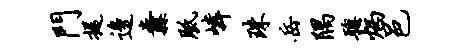
门提边纛胝嶙珠岳隅聪炳邑